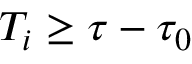
T _ { i } \ge \tau - \tau _ { 0 }